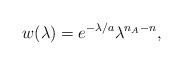
LaTeX: \begin{align*}w(\lambda)=e^{-\lambda/a}\lambda^{n_A-n},\end{align*}